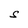
Character: S